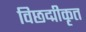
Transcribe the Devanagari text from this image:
विछद्मीकृत